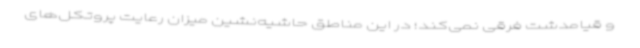
و قیامدشت فرقی نمی‌کند؛ در این مناطق حاشیه‌نشین میزان رعایت پروتکل‌های